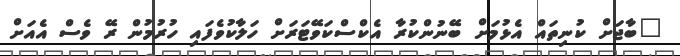
"ބާޖަށް ކުނިތައް އެޅުމަށް ބޭނުންކުރާ އެކްސްކަވޭޓަރަށް ހަލާކުވެފައި ހުރުމުން ރޭ ވެސް އެއަށް